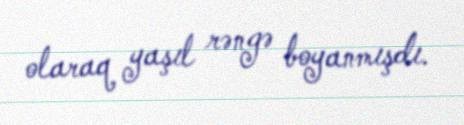
olaraq yaşıl rəngə boyanmışdı.